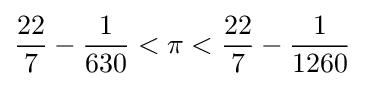
{\frac {22}{7}}-{\frac {1}{630}}<\pi <{\frac {22}{7}}-{\frac {1}{1260}}